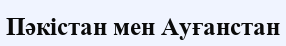
Пәкістан мен Ауғанстан